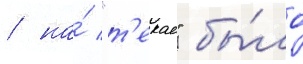
/ на́ "т'екае" бы́ло